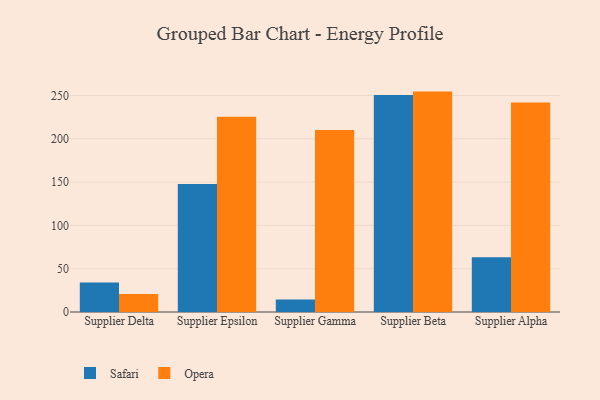
{"axis": {"x": "Supplier", "y": "Latency (ms)"}, "legend": ["Opera", "Safari"], "data": [{"x": "Supplier Delta", "y": 34.0, "type": "Safari"}, {"x": "Supplier Delta", "y": 20.8, "type": "Opera"}, {"x": "Supplier Epsilon", "y": 147.9, "type": "Safari"}, {"x": "Supplier Epsilon", "y": 225.5, "type": "Opera"}, {"x": "Supplier Gamma", "y": 14.5, "type": "Safari"}, {"x": "Supplier Gamma", "y": 210.3, "type": "Opera"}, {"x": "Supplier Beta", "y": 250.7, "type": "Safari"}, {"x": "Supplier Beta", "y": 254.5, "type": "Opera"}, {"x": "Supplier Alpha", "y": 63.3, "type": "Safari"}, {"x": "Supplier Alpha", "y": 241.9, "type": "Opera"}]}